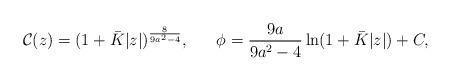
LaTeX: \begin{align*}{\cal C}(z)=(1+\bar{K}|z|)^{8\over{9a^2-4}},\ \ \ \ \ \phi={{9a}\over{9a^2-4}}\ln(1+\bar{K}|z|)+C,\end{align*}